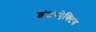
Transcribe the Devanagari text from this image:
इंटरऐक्टिव